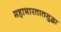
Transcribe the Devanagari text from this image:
महाभारतातसुद्धा